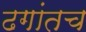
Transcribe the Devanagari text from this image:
ढगांतच